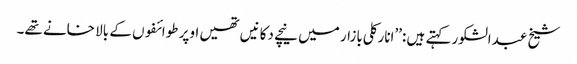
شیخ عبدالشکور کہتے ہیں :’’انارکلی بازار میں نیچے دکانیں تھیں اوپر طوائفوں کے بالا خانے تھے۔